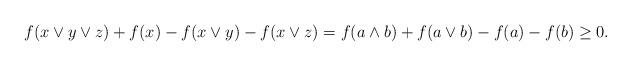
LaTeX: \begin{align*}f(x\vee y\vee z)+f(x)- f(x\vee y)-f(x\vee z)=f(a\wedge b)+ f(a\vee b)-f(a)-f(b)\ge0.\end{align*}